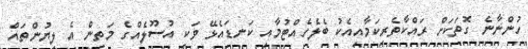
ހުންނާނެ ގޮތަކަށް ރައްކާތެރިކަމާއިއެކު ބެލެހެއްޓުމާއި ކަނޑައެޅޭ ވަކި އުސޫލެއްގެ މަތިން އެ ލިޔުންތައް